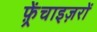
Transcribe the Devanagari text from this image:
फ़्रेंचाइज़रों